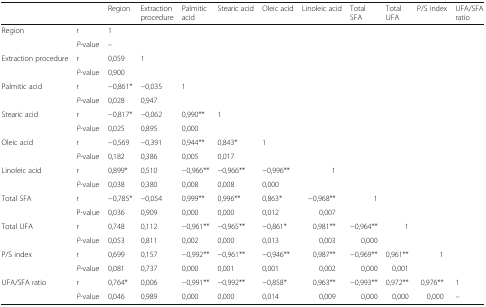
<table><thead><tr><td colspan="2"></td><td><b>Region</b></td><td><b>Extraction procedure</b></td><td><b>Palmitic acid</b></td><td><b>Stearic acid</b></td><td><b>Oleic acid</b></td><td><b>Linoleic acid</b></td><td><b>Total SFA</b></td><td><b>Total UFA</b></td><td><b>P/S index</b></td><td><b>UFA/SFA ratio</b></td></tr></thead><tbody><tr><td rowspan="2">Region</td><td>r</td><td>1</td><td></td><td></td><td></td><td></td><td></td><td></td><td></td><td></td><td></td></tr><tr><td><i>P</i>-value</td><td>–</td><td></td><td></td><td></td><td></td><td></td><td></td><td></td><td></td><td></td></tr><tr><td rowspan="2">Extraction procedure</td><td>r</td><td>0,059</td><td>1</td><td></td><td></td><td></td><td></td><td></td><td></td><td></td><td></td></tr><tr><td><i>P</i>-value</td><td>0,900</td><td></td><td></td><td></td><td></td><td></td><td></td><td></td><td></td><td></td></tr><tr><td rowspan="2">Palmitic acid</td><td>r</td><td>−0,861*</td><td>−0,035</td><td>1</td><td></td><td></td><td></td><td></td><td></td><td></td><td></td></tr><tr><td><i>P</i>-value</td><td>0,028</td><td>0,947</td><td></td><td></td><td></td><td></td><td></td><td></td><td></td><td></td></tr><tr><td rowspan="2">Stearic acid</td><td>r</td><td>−0,817*</td><td>−0,062</td><td>0,990**</td><td>1</td><td></td><td></td><td></td><td></td><td></td><td></td></tr><tr><td><i>P</i>-value</td><td>0,025</td><td>0,895</td><td>0,000</td><td></td><td></td><td></td><td></td><td></td><td></td><td></td></tr><tr><td rowspan="2">Oleic acid</td><td>r</td><td>−0,569</td><td>−0,391</td><td>0,944**</td><td>0,843*</td><td>1</td><td></td><td></td><td></td><td></td><td></td></tr><tr><td><i>P</i>-value</td><td>0,182</td><td>0,386</td><td>0,005</td><td>0,017</td><td></td><td></td><td></td><td></td><td></td><td></td></tr><tr><td rowspan="2">Linoleic acid</td><td>r</td><td>0,899*</td><td>0,510</td><td>−0,966**</td><td>−0,966**</td><td>−0,996**</td><td>1</td><td></td><td></td><td></td><td></td></tr><tr><td><i>P</i>-value</td><td>0,038</td><td>0,380</td><td>0,008</td><td>0,008</td><td>0,000</td><td></td><td></td><td></td><td></td><td></td></tr><tr><td rowspan="2">Total SFA</td><td>r</td><td>−0,785*</td><td>−0,054</td><td>0,999**</td><td>0,996**</td><td>0,863*</td><td>−0,968**</td><td>1</td><td></td><td></td><td></td></tr><tr><td>P-value</td><td>0,036</td><td>0,909</td><td>0,000</td><td>0,000</td><td>0,012</td><td>0,007</td><td></td><td></td><td></td><td></td></tr><tr><td rowspan="2">Total UFA</td><td>r</td><td>0,748</td><td>0,112</td><td>−0,961**</td><td>−0,965**</td><td>−0,861*</td><td>0,981**</td><td>−0,964**</td><td>1</td><td></td><td></td></tr><tr><td><i>P</i>-value</td><td>0,053</td><td>0,811</td><td>0,002</td><td>0,000</td><td>0,013</td><td>0,003</td><td>0,000</td><td></td><td></td><td></td></tr><tr><td rowspan="2">P/S index</td><td>r</td><td>0,699</td><td>0,157</td><td>−0,992**</td><td>−0,961**</td><td>−0,946**</td><td>0,987**</td><td>−0,969**</td><td>0,961**</td><td>1</td><td></td></tr><tr><td><i>P</i>-value</td><td>0,081</td><td>0,737</td><td>0,000</td><td>0,001</td><td>0,001</td><td>0,002</td><td>0,000</td><td>0,001</td><td></td><td></td></tr><tr><td rowspan="2">UFA/SFA ratio</td><td>r</td><td>0,764*</td><td>0,006</td><td>−0,991**</td><td>−0,992**</td><td>−0,858*</td><td>0,963**</td><td>−0,993**</td><td>0,972**</td><td>0,976**</td><td>1</td></tr><tr><td><i>P</i>-value</td><td>0,046</td><td>0,989</td><td>0,000</td><td>0,000</td><td>0,014</td><td>0,009</td><td>0,000</td><td>0,000</td><td>0,000</td><td>–</td></tr></tbody></table>